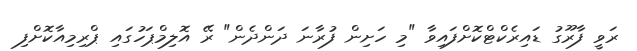
ރަވީ ފާރޫގު ޑައިރެކްޓްކޮށްފައިވާ "މި ހަށިން ފުރާނަ ދަންދެން" ރޭ އޮލިމްޕަހުގައި ޕްރިމިއާކޮށްފި